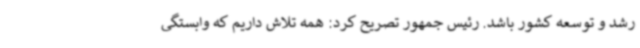
رشد و توسعه کشور باشد. رئیس جمهور تصریح کرد: همه تلاش داریم که وابستگی